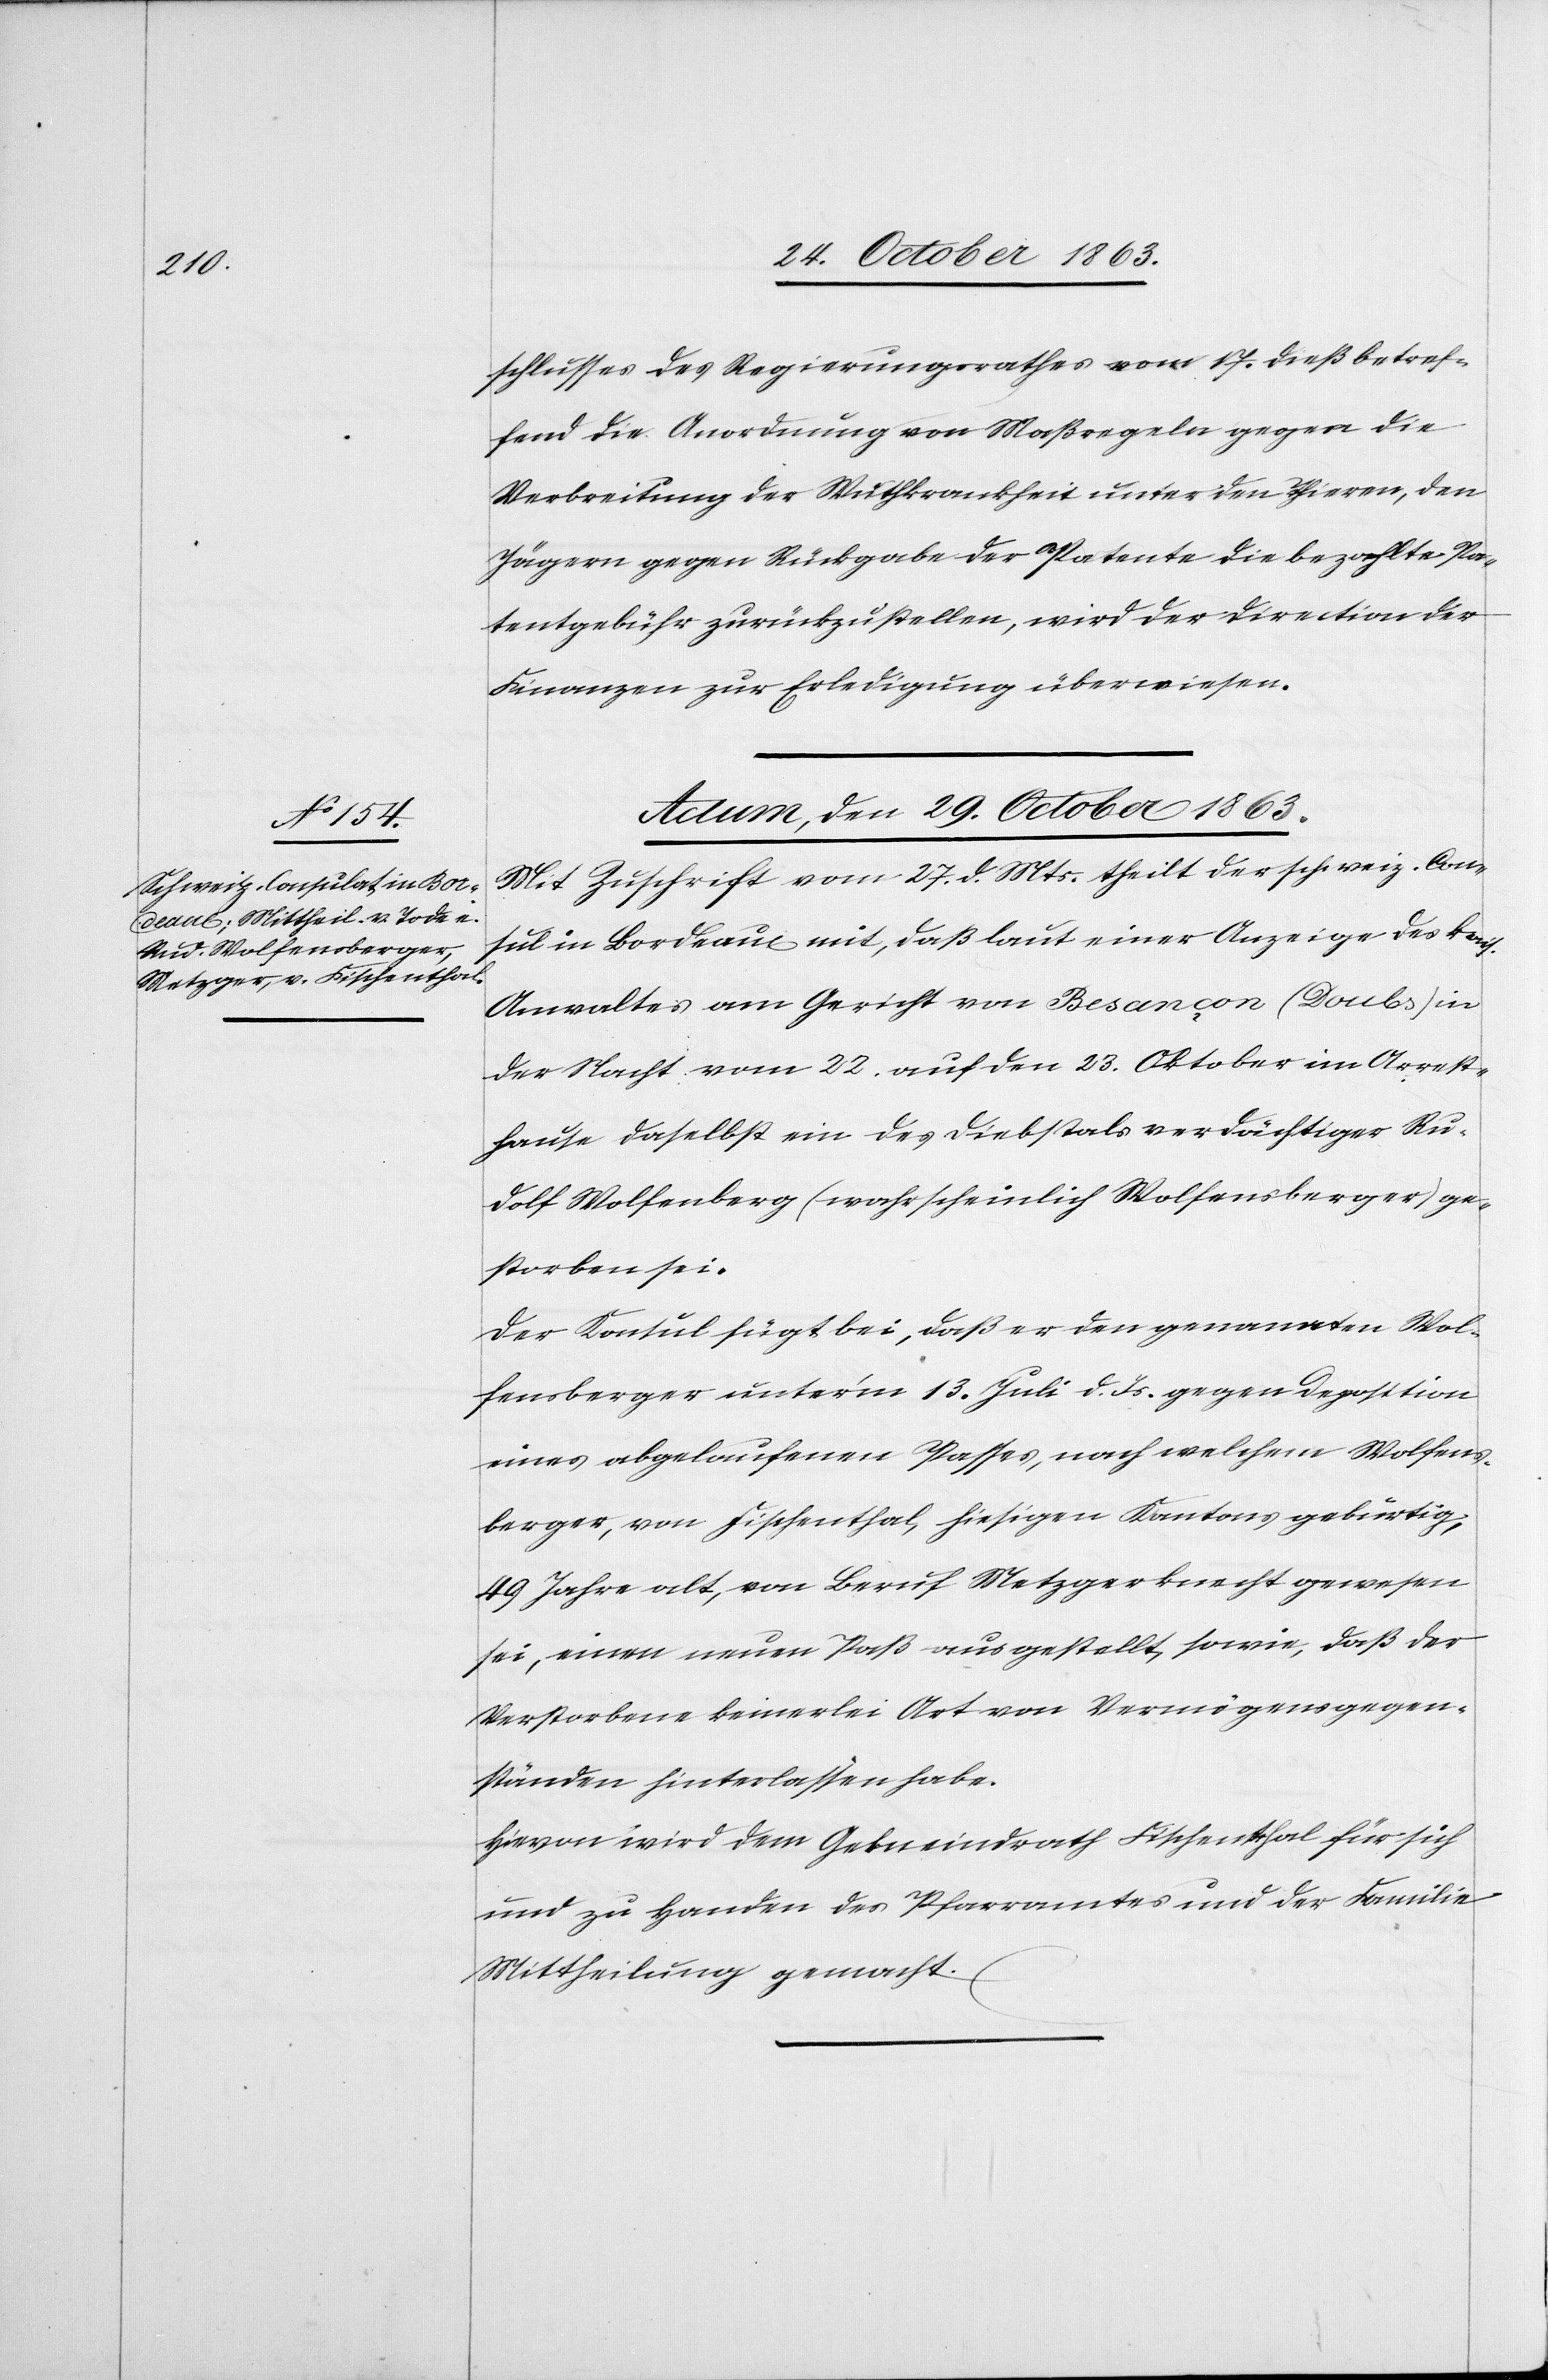
schlusses des Regierungsrathes vom 17. dieß betref¬
fend die Anordnung von Maßregeln gegen die
Verbreitung der Wuthkrankheit unter den Thieren, den
Jägern gegen Rückgabe der Patente die bezahlte Pa¬
tentgebühr zurückzustellen, wird der Direction der
Finanzen zur Erledigung überwiesen.
Actum, den 29. October 1863.
Mit Zuschrift vom 27. d. Mts. theilt der schweiz. Con¬
sul in Bordeaux mit, daß laut einer Anzeige des kais.
Anwaltes am Gericht von Besançon (Doubs) in
der Nacht vom 22. auf den 23. Oktober im Arrest¬
hause daselbst ein des Diebstals verdächtiger Ru¬
dolf Wolfensberg (wahrscheinlich Wolfensberger) ge¬
storben sei.
Der Konsul fügt bei, daß er den genannten Wol¬
fensberger unter'm 13. Juli d. Js. gegen Deposition
eines abgelaufenen Passes, nach welchem Wolfens¬
berger, von Fischenthal, hiesigen Kantons gebürtig,
49 Jahre alt, von Beruf Metzgerknecht gewesen
sei, einen neuen Paß ausgestellt, sowie, daß der
Verstorbene keinerlei Art von Vermögensgegen¬
ständen hinterlassen habe.
Hievon wird dem Gemeindrath Fischenthal für sich
und zu Handen des Pfarramtes und der Familie
Mittheilung gemacht.